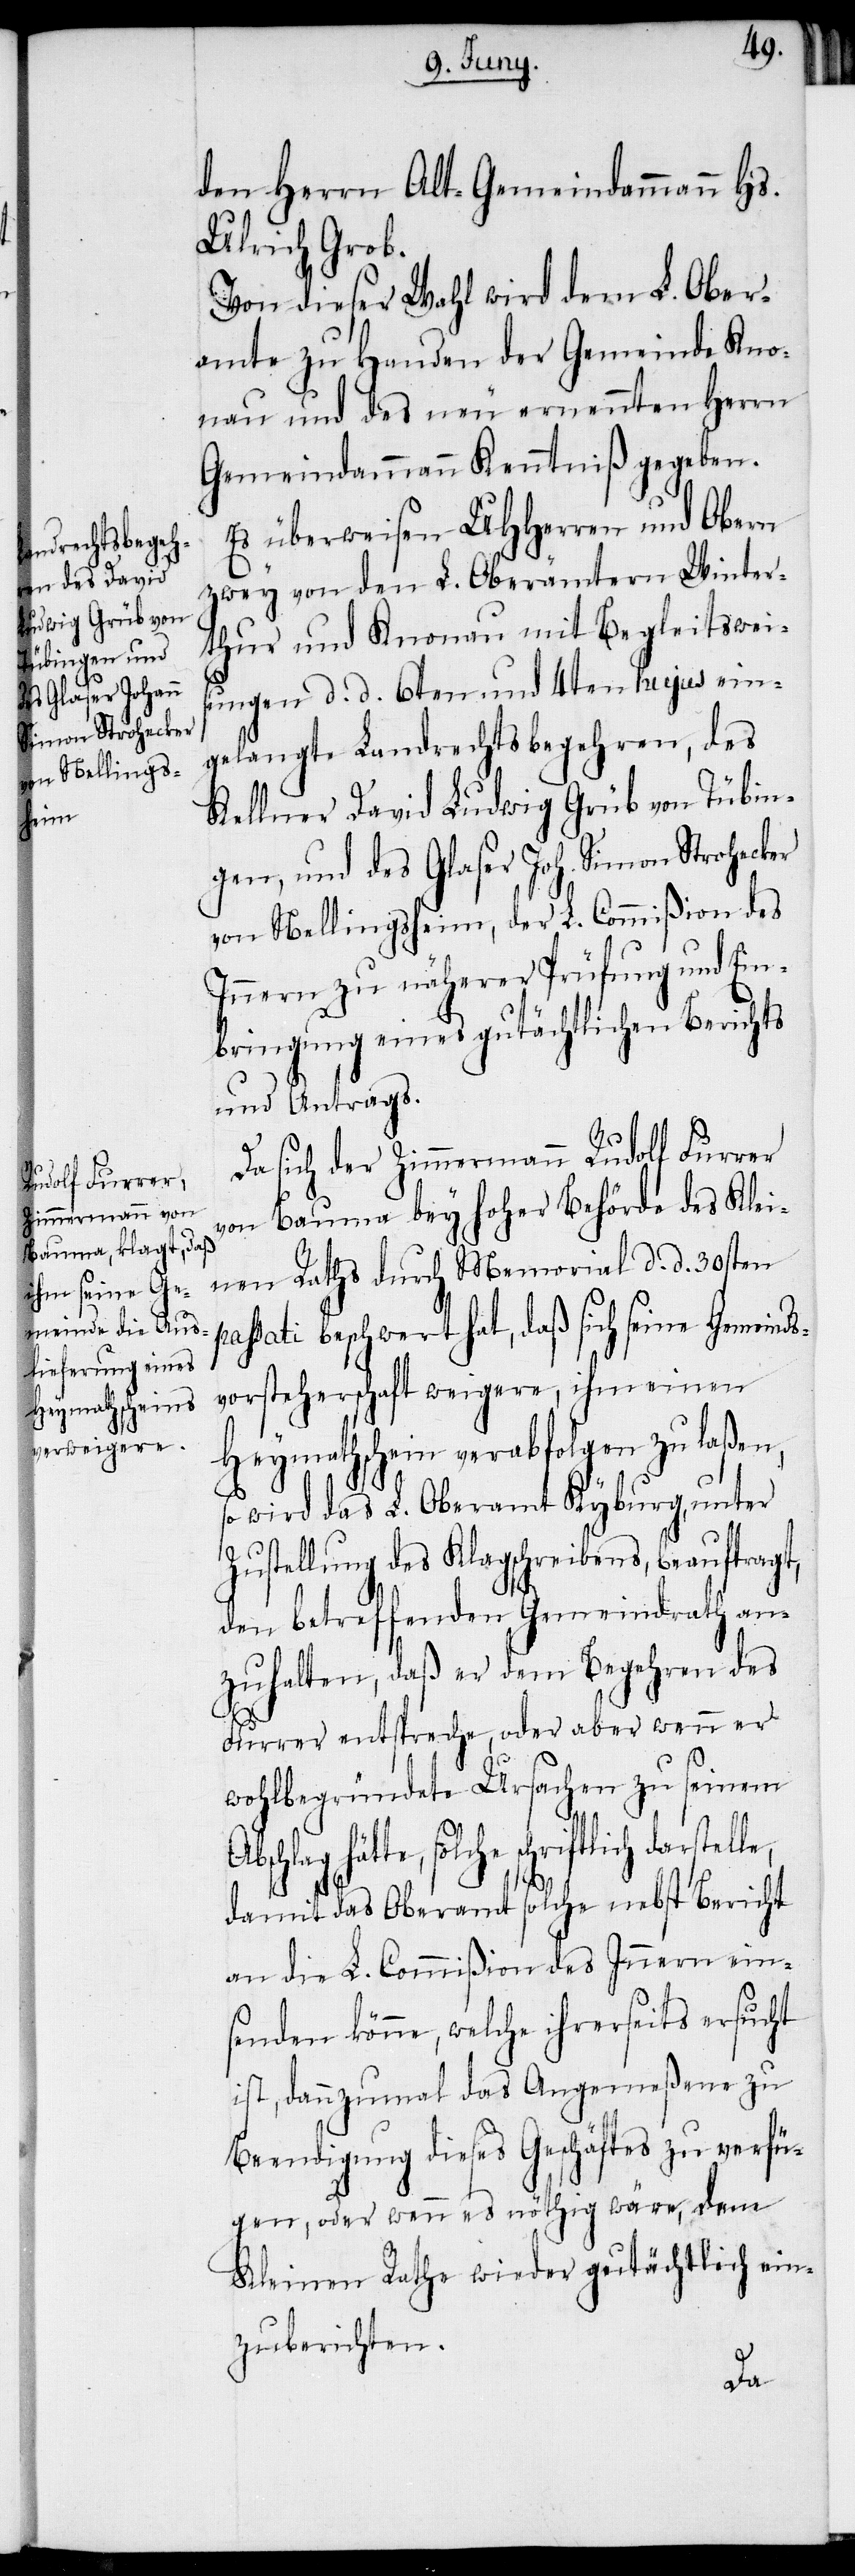
le,

den Herrn Alt-Gemeindammann Hs.
Ulrich Grob.
Von dieser Wahl wird dem L. Ober¬
amte zu Handen der Gemeinde Kno¬
nau und des neu ernennten Herrn
Gemeindammann Kenntniß gegeben.
Es überweisen UHHerren und Obern
zwey von den L. Oberämtern Winter¬
thur und Knonau mit Begleitsweis¬
ungen d. d. 6ten und 4ten hujus ein¬
gelangte Landrechtsbegehren, des
Kellner David Ludwig Grüb von Tübin¬
gen, und des Glaser Joh. Simon Strohecker
von Nellingsheim, der L. Commißion des
Innern zu näherer Prüfung und Ein¬
bringung eines gutächtlichen Berichts
und Antrags.
Da sich der Zimmermann Rudolf Furrer
von Bauma bey hoher Behörde des Klei¬
nen Raths durch Memorial d. d. 30sten
passati beschwert hat, daß sich seine Gemeinds¬
vorsteherschaft weigere, ihm einen
Heymathschein verabfolgen zu laßen,
so wird das L. Oberamt Kyburg, unter
Zustellung des Klagschreibens, beauftragt,
den betreffenden Gemeindrath an¬
zuhalten, daß er dem Begehren des
Furrer entspreche, oder aber wenn er
wohlbegründete Ursachen zu seinem
hätte, solche schriftlich darstel¬
damit das Oberamt solche nebst Bericht
an die L. Commißion des Innern ein¬
senden könne, welche ihrerseits ersucht
ist, dannzumal das Angemeßene zu
Beendigung dieses Geschäftes zu verfü¬
gen, oder wenn es nöthig wäre, dem
Kleinen Rathe wieder gutächtlich ein¬
zuberichten.